Report on the bubonic plague in Bombay, 1896-1897
Year: 1896
Disease focus: Plague
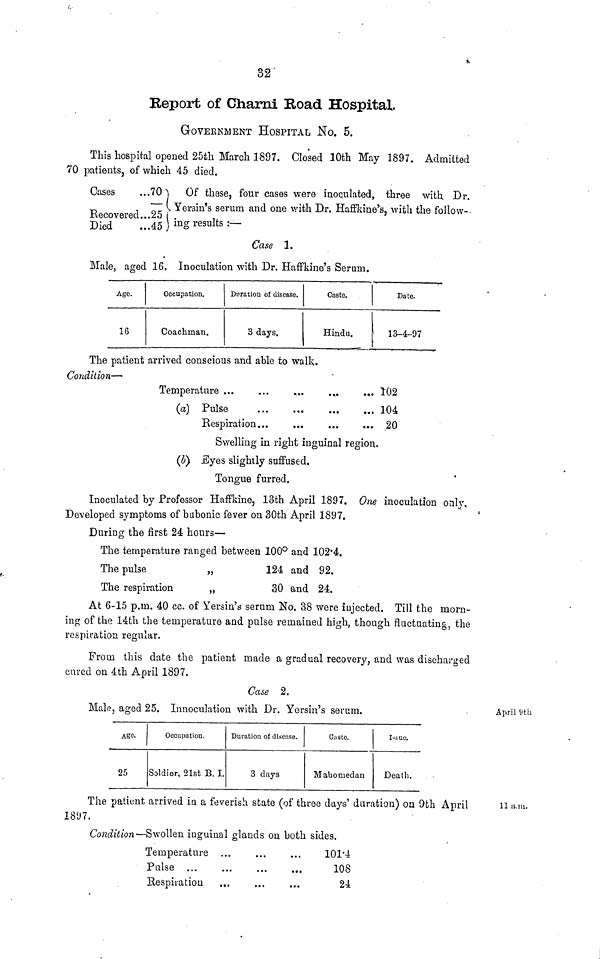
32
Report of Charni Road Hospital.
GOVERNMENT HOSPITAL NO. 5.
This hospital opened 25th March 1897. Closed 10th May 1897. Admitted
70 patients, of which 45 died.
Cases
...70
Of these, four cases were inoculated, three with. Dr.
— Yersin's serum and one with Dr. Haffkine's, with the follow-.
Recovered...25
Died
...45) ing results:—
Case 1.
Male, aged 16. Inoculation with Dr. Haffkine's Serum.
Age.
16
Occupation.
Coachman.
Duration of disease.
3 days.
Caste.
Hindu.
Date.
13-4-97
The patient arrived conscious and able to walk.
Condition—
Temperature ...
(a) Pulse
Respiration
...
...
...
...
...
...
...
...
...
...
...
...
102
104
20
Swelling in right inguinal region.
(b) Eyes slightly suffused.
Tongue furred.
Inoculated by Professor Haffkine, 13th April 1897. One inoculation only,
Developed symptoms of bubonic fever on 30th April 1897.
During the first 24 hours—
The temperature ranged between 100° and 102.4.
The pulse
The respiration
"
"
124 and 92.
30 and 24.
At 6-15 p.m. 40 cc. of Yersin's serum No. 38 were injected. Till the morn-
ing of the 14th the temperature and pulse remained high, though fluctuating, the
respiration regular.
From this date the patient made a gradual recovery, and was discharged
cured on 4th April 1897.
April 9th
Case 2.
Male, aged 25. Innoculation with Dr. Yersin's serum.
Age.
25
Occupation.
Soldior, 21st B. I.
Duration of disease.
3 days
Caste.
Mahoaiedan
Issue.
Death.
The patient arrived in a feverish state (of three days' duration) on 9th April 11 a.m.
1897.
Condition— Swollen inguinal glands on both sides.
Temperature
Pulse ...
Respiration
...
...
...
...
...
...
...
...
...
101.4
108
24